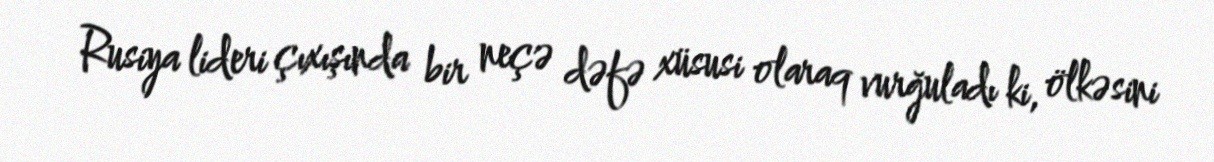
Rusiya lideri çıxışında bir neçə dəfə xüsusi olaraq vurğuladı ki, ölkəsini